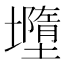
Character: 𭐄